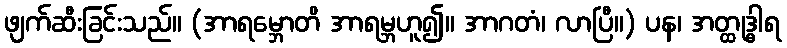
ဖျက်ဆီးခြင်းသည်။ (အာရမ္ဘောတိ အာရမ္ဘဟူ၍။ အာဂတံ၊ လာပြီ။) ပန၊ အတ္ထုဒ္ဓါရ